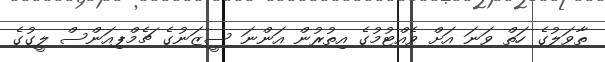
ތާވަލުގެ ހަތް ވަނަ އަށް ވެއްޓުމުގެ އިތުރުން އަންނަ ސީޒަނުގެ ޗެމްޕިއަންސް ލީގުގެ